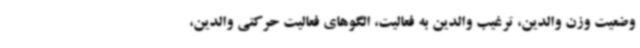
وضعیت وزن والدین، ترغیب والدین به فعالیت، الگوهای فعالیت حرکتی والدین،